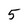
Character: 5